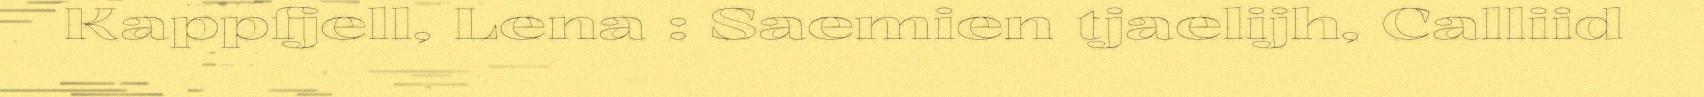
Kappfjell, Lena : Saemien tjaelijh, Calliid